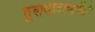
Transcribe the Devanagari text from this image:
तुलसीदासजीने